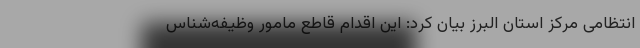
انتظامی مرکز استان البرز بیان کرد: این اقدام قاطع مامور وظیفه‌شناس